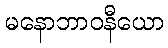
မနောဘာဝနီယော